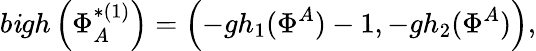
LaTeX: b\mathit{i}gh\left(\Phi_{A}^{*(1)}\right)=\left(-gh_{1}(\Phi^{A})-1,-gh_{2}(\Phi^{A})\right),